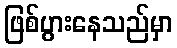
ဖြစ်ပွားနေသည်မှာ